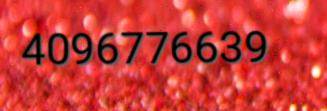
4096776639